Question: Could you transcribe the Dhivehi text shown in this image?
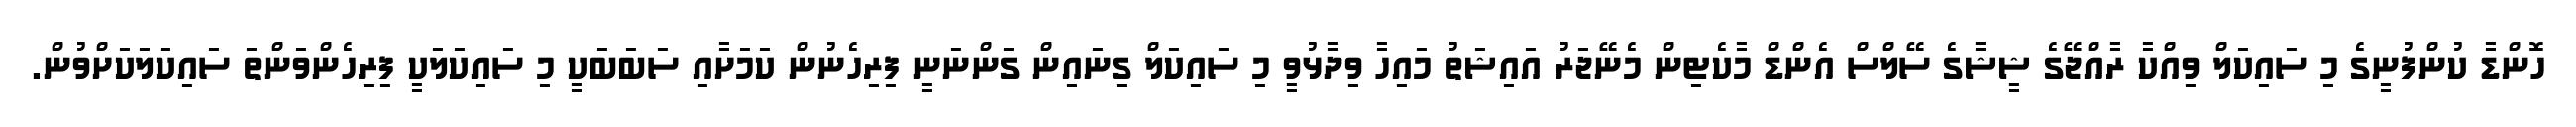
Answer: ހޮންޑާ ކުންފުނީގެ މި ސައިކަލް ވިއްކާ ރާއްޖޭގެ ޝީޝާގެ ސޭލްސް އެންޑް މާކެޓިން މެނޭޖަރު އައިޝަތު މައިހާ ވިދާޅުވީ މި ސައިކަލް ގިނައިން ގަންނަނީ ފިރިހެނުން ކަމަށާއި ސަބަބަކީ މި ސައިކަލަކީ ފިރިހެންވަންތަ ސައިކަލަކަށްވުން.